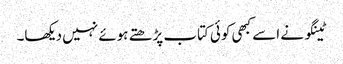
ٹینگو نے اسے کبھی کوئی کتاب پڑھتے ہوئے نہیں دیکھا۔